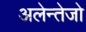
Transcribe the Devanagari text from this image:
अलेन्तेजो